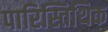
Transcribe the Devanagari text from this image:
पारिस्तिथिक